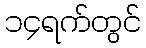
၁၄ရက်တွင်